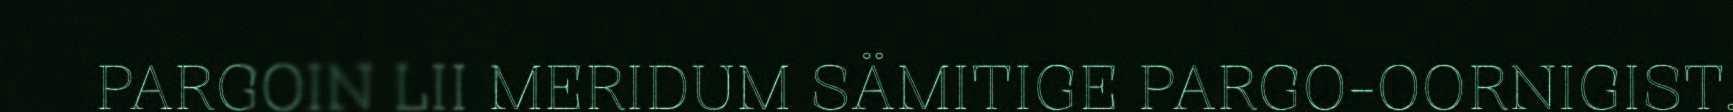
PARGOIN LII MERIDUM SÄMITIGE PARGO-OORNIGIST.